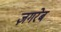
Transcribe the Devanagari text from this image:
ज़गरेब